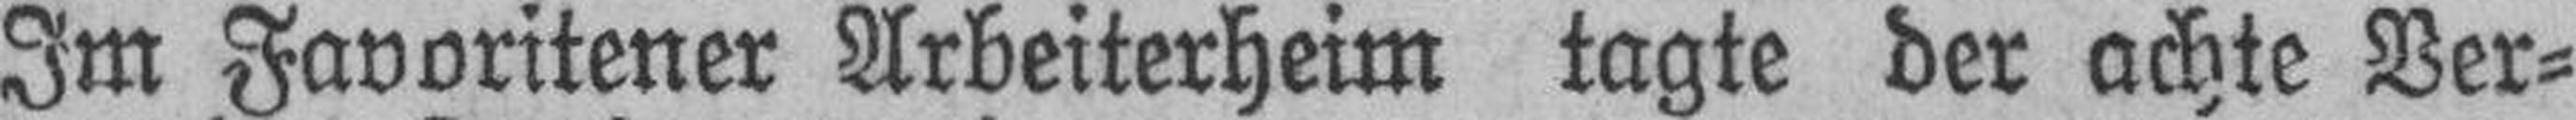
Im Favoritener Arbeiterheim tagte der achte Ver¬